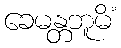
ခေမန္တဘူမိံ